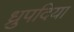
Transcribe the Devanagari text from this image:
ध्रुपदिया